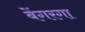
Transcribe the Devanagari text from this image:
बेंगरगा